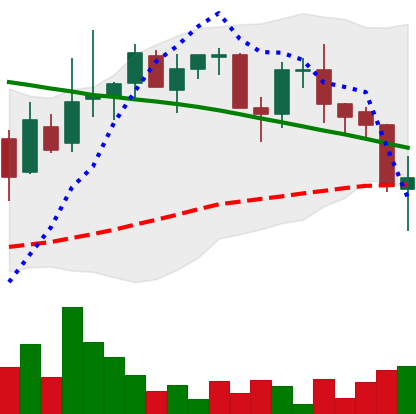
Ticker: LINK-USD
Chart end date: 2018-09-06
Forward return: -4.391%
Label: down_3_5